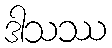
ဒါသဿ